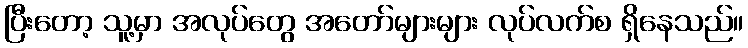
ပြီးတော့ သူ့မှာ အလုပ်တွေ အတော်များများ လုပ်လက်စ ရှိနေသည်။